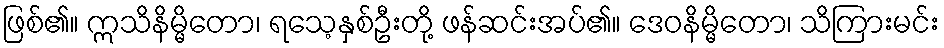
ဖြစ်၏။ ဣသိနိမ္မိတော၊ ရသေ့နှစ်ဦးတို့ ဖန်ဆင်းအပ်၏။ ဒေဝနိမ္မိတော၊ သိကြားမင်း